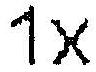
1X